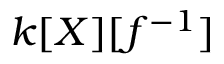
k [ X ] [ f ^ { - 1 } ]